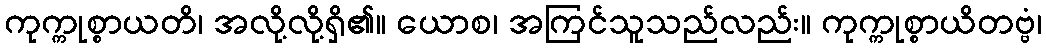
ကုက္ကုစ္စာယတိ၊ အလို့လို့ရှိ၏။ ယောစ၊ အကြင်သူသည်လည်း။ ကုက္ကုစ္စာယိတဗ္ဗံ၊